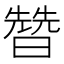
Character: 㬱